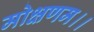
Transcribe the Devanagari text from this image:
मोक्षणम।।